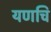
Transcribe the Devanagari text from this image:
यणचि